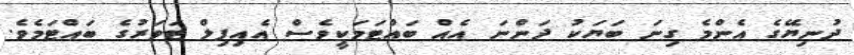
ދުނިޔޭގެ އެންމެ ގިނަ ބަޔަކު ދަންނަ އެއް ބައްޓަމަކީވެސް އެއިފިލް ޓަވަރުގެ ބައްޓަމެވެ.